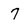
Character: 7